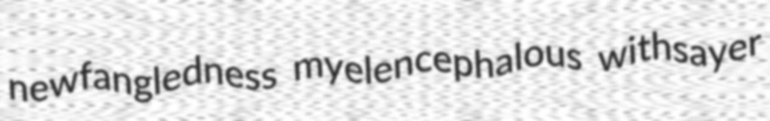
newfangledness myelencephalous withsayer